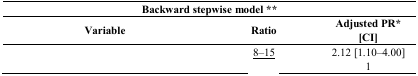
<table><thead><tr><td colspan="3"><b>Backward stepwise model **</b></td></tr><tr><td><b>Variable</b></td><td><b>Ratio</b></td><td><b>Adjusted PR* [CI]</b></td></tr></thead><tbody><tr><td rowspan="2">[EMPTY_CELL]</td><td><underline>8–15</underline></td><td>2.12 [1.10–4.00]</td></tr><tr><td>[EMPTY_CELL]</td><td>1</td></tr></tbody></table>